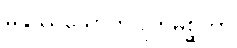
မနုဿသောဘဂျတမိစ္ဆတာ